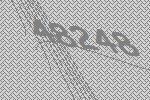
48248